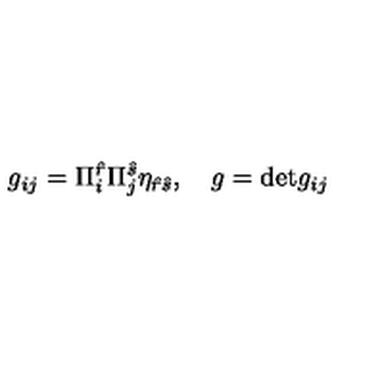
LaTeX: g _ { i j } = \Pi _ { i } ^ { \hat { r } } \Pi _ { j } ^ { \hat { s } } \eta _ { \hat { r } \hat { s } } , \quad g = \mathrm { d e t } g _ { i j }